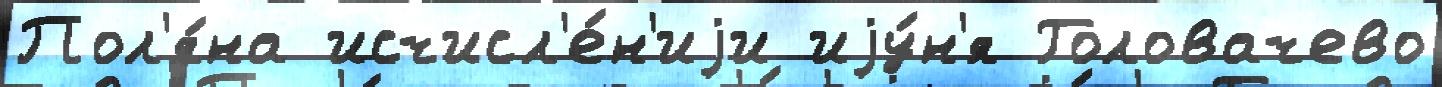
Пол'я́на исчисл'е́н'иjи иjу́н'я Головачево